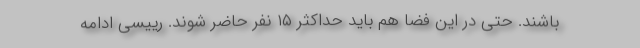
باشند. حتی در این فضا هم باید حداکثر ۱۵ نفر حاضر شوند. رییسی ادامه